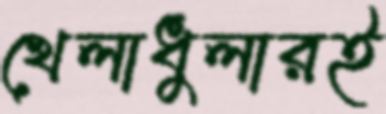
খেলাধুলারই